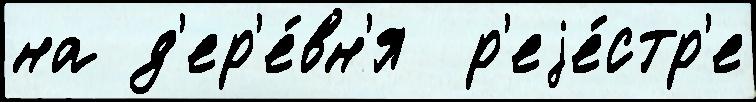
на д'ер'е́вн'я  р'еjе́стр'е